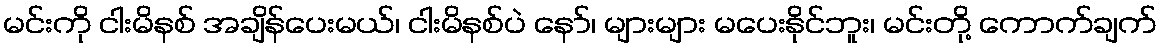
မင်းကို ငါးမိနစ် အချိန်ပေးမယ်၊ ငါးမိနစ်ပဲ နော်၊ များများ မပေးနိုင်ဘူး၊ မင်းတို့ ကောက်ချက်